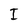
Character: I